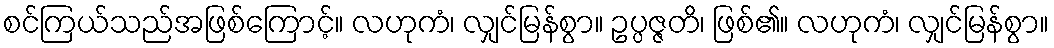
စင်ကြယ်သည်အဖြစ်ကြောင့်။ လဟုကံ၊ လျှင်မြန်စွာ။ ဥပ္ပဇ္ဇတိ၊ ဖြစ်၏။ လဟုကံ၊ လျှင်မြန်စွာ။